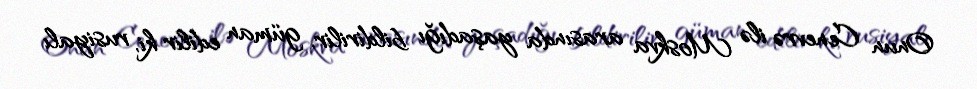
Onun Cenevrə ilə Moskva arasında yaşadığı bildirilir, güman edilir ki, rusiyalı